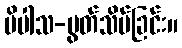
ပိပါသ-မွတ်သိပ်ခြင်း။